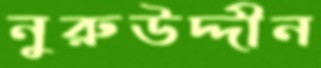
নুরুউদ্দীন